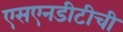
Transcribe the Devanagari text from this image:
एसएनडीटीची